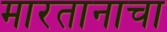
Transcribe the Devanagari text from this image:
मारतानाचा